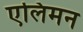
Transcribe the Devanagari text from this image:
एलिमन